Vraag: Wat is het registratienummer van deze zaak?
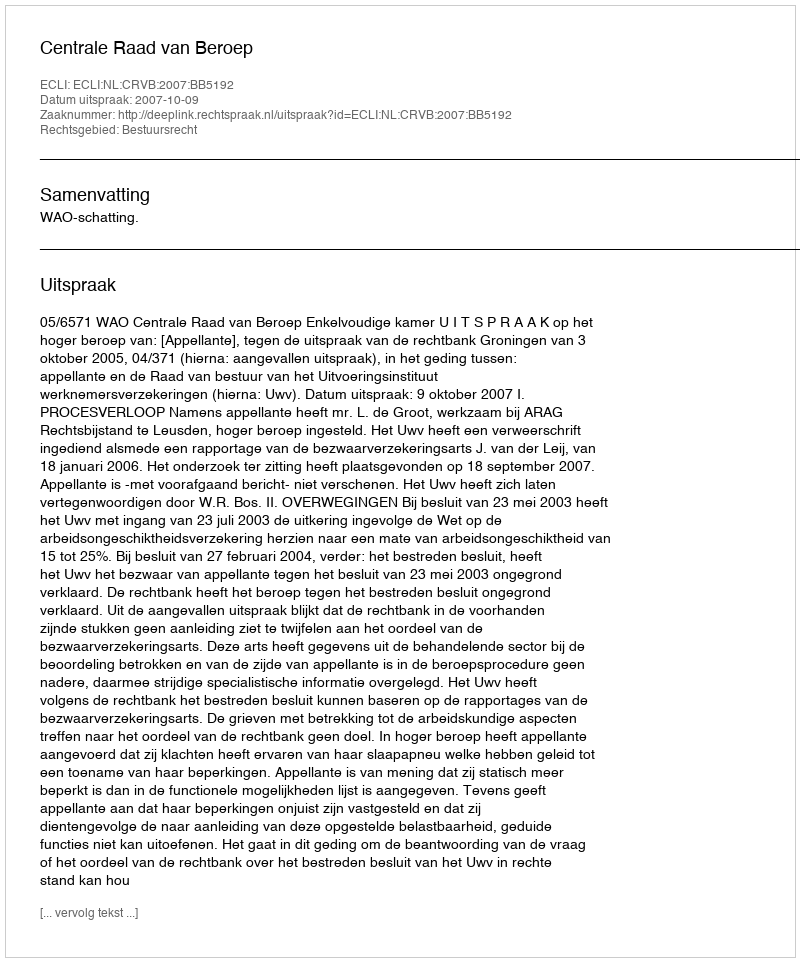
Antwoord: http://deeplink.rechtspraak.nl/uitspraak?id=ECLI:NL:CRVB:2007:BB5192